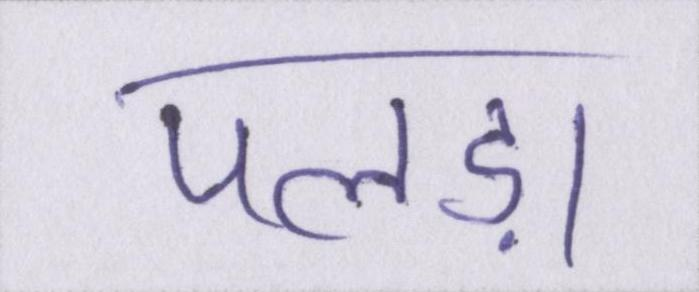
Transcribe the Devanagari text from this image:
पलड़ा